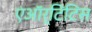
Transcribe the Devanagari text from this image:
एऑर्टिटिस